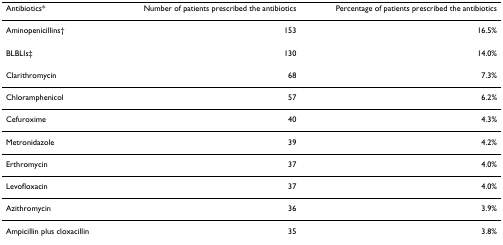
<table><thead><tr><td><b>Antibiotics*</b></td><td><b>Number of patients prescribed the antibiotics</b></td><td><b>Percentage of patients prescribed the antibiotics</b></td></tr></thead><tbody><tr><td>Aminopenicillins†</td><td>153</td><td>16.5%</td></tr><tr><td>BLBLIs‡</td><td>130</td><td>14.0%</td></tr><tr><td>Clarithromycin</td><td>68</td><td>7.3%</td></tr><tr><td>Chloramphenicol</td><td>57</td><td>6.2%</td></tr><tr><td>Cefuroxime</td><td>40</td><td>4.3%</td></tr><tr><td>Metronidazole</td><td>39</td><td>4.2%</td></tr><tr><td>Erthromycin</td><td>37</td><td>4.0%</td></tr><tr><td>Levofloxacin</td><td>37</td><td>4.0%</td></tr><tr><td>Azithromycin</td><td>36</td><td>3.9%</td></tr><tr><td>Ampicillin plus cloxacillin</td><td>35</td><td>3.8%</td></tr></tbody></table>